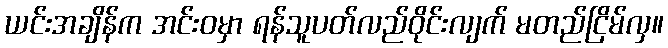
ယင်းအချိန်က အင်းဝမှာ ရန်သူပတ်လည်ဝိုင်းလျက် မတည်ငြိမ်လှ။